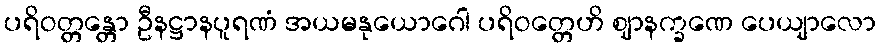
ပရိဝတ္တန္တော ဦနဋ္ဌာနပူရဏံ အယမနုယောဂေါ ပရိဝတ္တေဟိ ဈာနက္ခဏေ ပေယျာလော